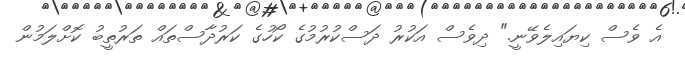
އެ ވެސް ކިޔައިލެވޭނީ." ދިވެސް އަކުރު ދަސްކުރުމުގެ ކޯހުގެ ކަރުދާސްތައް ތަރުތީބު ކޮށްލަމުން